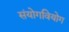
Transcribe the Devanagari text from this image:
संयोगवियोग